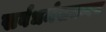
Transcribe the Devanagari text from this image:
सर्वधर्मसमन्वय